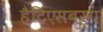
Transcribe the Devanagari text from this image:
हैटिएसबर्ग